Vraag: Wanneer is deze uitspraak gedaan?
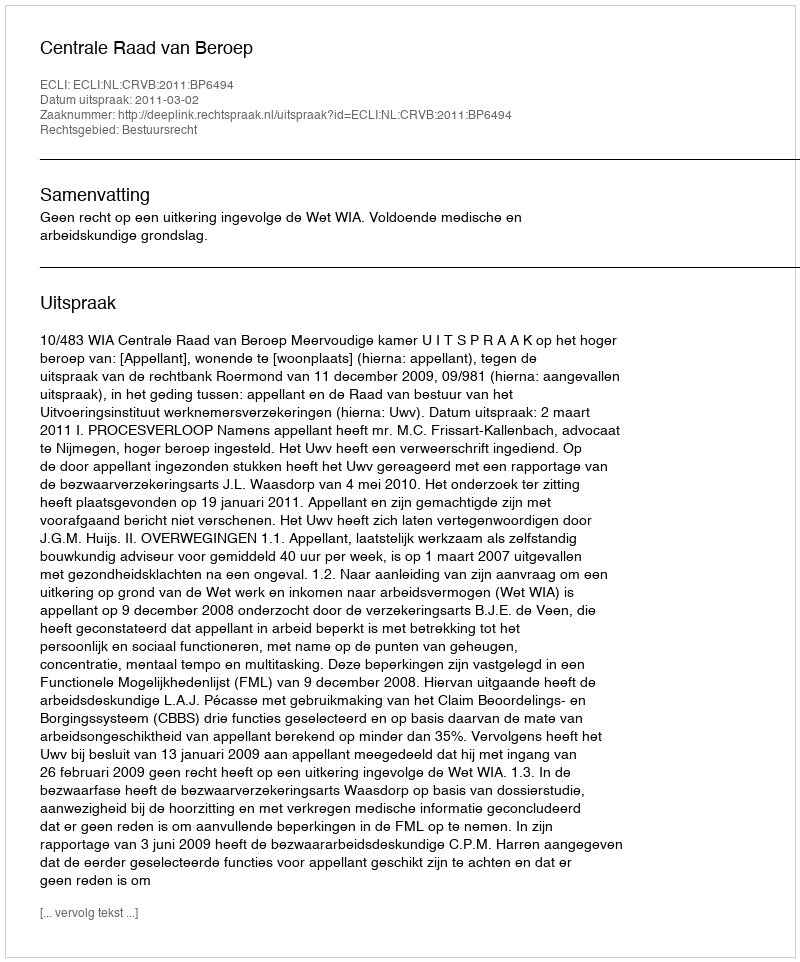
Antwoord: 2011-03-02